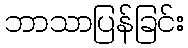
ဘာသာပြန်ခြင်း